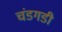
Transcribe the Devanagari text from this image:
चंडगडी